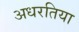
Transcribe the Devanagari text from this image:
अधरतिया